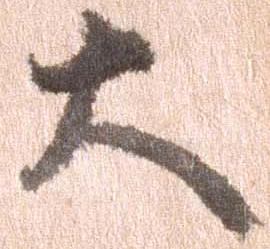
大